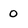
Character: 0